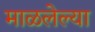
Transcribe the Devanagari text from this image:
माळलेल्या